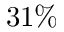
3 1 \%